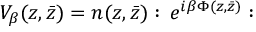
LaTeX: V _ { \beta } ( z , \bar { z } ) = n ( z , \bar { z } ) : \, e ^ { i \beta \Phi ( z , \bar { z } ) } :